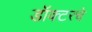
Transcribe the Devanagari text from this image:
डॉक्टरचे